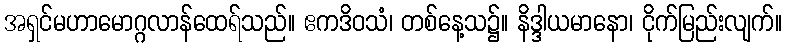
အရှင်မဟာမောဂ္ဂလာန်ထေရ်သည်။ ဧကဒိဝသံ၊ တစ်နေ့သ၌။ နိဒ္ဒါယမာနော၊ ငိုက်မြည်းလျက်။